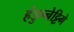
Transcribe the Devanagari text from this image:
हंडुन्नेट्टिगे